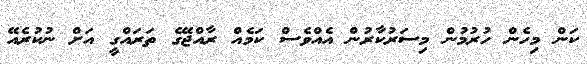
ކަން މިހެން ހުރުމުން މިސަރުކާރުން އެއްވެސް ކަމެއް ރާއްޖޭގެ ތަރައްގީ އަށް ނުކުރެއޭ